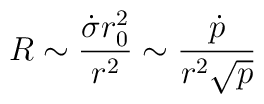
R  \sim {{\dot{\sigma} r_0^2 } \over {r^2}} \sim {{\dot p} \over{r^2 {\sqrt p}}}